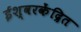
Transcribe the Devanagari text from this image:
ईश्वरकेंद्रित